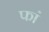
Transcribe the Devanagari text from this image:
फां